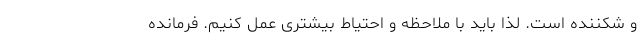
و شکننده است. لذا باید با ملاحظه و احتیاط بیشتری عمل کنیم. فرمانده